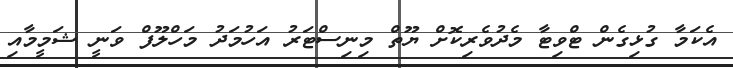
އެކަމާ ގުޅިގެން ޓްވިޓާ މެދުވެރިކޮށް ޔޫތް މިނިސްޓަރު އަހުމަދު މަހްލޫފް ވަނީ ޝަމީމާއި